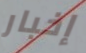
إخبار